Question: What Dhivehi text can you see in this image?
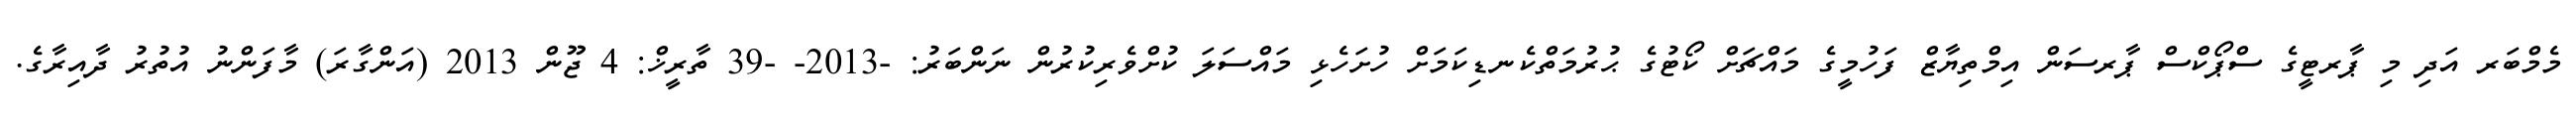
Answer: މެމްބަރ އަދި މި ޕާރޓީގެ ސްޕޯކްސް ޕާރސަން އިމްތިޔާޒް ފަހުމީގެ މައްޗަށް ކޯޓުގެ ޙުރުމަތްކެނޑިކަމަށް ހުށަހެޅި މައްސަލަ ކުށްވެރިކުރުން ނަންބަރު: -2013- -39 ތާރީޚް: 4 ޖޫން 2013 (އަންގާރަ) މާފަންނު އުތުރު ދާއިރާގެ.